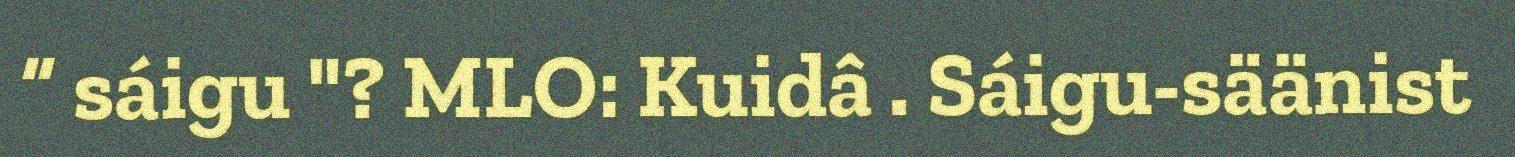
“ sáigu "? MLO: Kuidâ . Sáigu-säänist